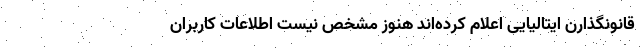
قانونگذارن ایتالیایی اعلام کرده‌اند هنوز مشخص نیست اطلاعات کاربران